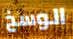
الوسخ